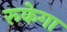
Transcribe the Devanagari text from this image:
रूकेगा